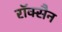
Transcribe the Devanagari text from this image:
रॉक्सैन